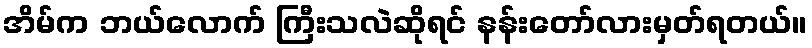
အိမ်က ဘယ်လောက် ကြီးသလဲဆိုရင် နန်းတော်လားမှတ်ရတယ်။